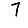
Digit: 7